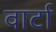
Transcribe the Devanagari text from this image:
वार्टा